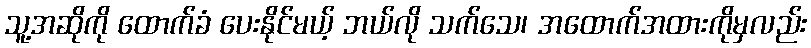
သူ့အဆိုကို ထောက်ခံ ပေးနိုင်မယ့် ဘယ်လို သက်သေ၊ အထောက်အထားကိုမှလည်း